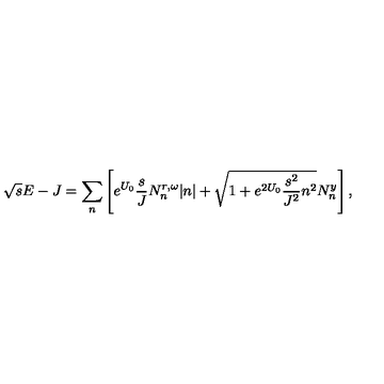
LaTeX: \sqrt { s } E - J = \sum _ { n } \left[ e ^ { U _ { 0 } } \frac { s } { J } N _ { n } ^ { r , \omega } | n | + \sqrt { 1 + e ^ { 2 U _ { 0 } } \frac { s ^ { 2 } } { J ^ { 2 } } n ^ { 2 } } N _ { n } ^ { y } \right] ,